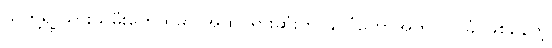
သူတို့ရဲ့ သားသမီးတွေထဲမှာ အထင်ရှားဆုံးက နိုင်ငံတော်အတိုင်ပင်ခံ ဖြစ်နေတဲ့